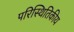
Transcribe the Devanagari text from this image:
परिस्थितिकीय